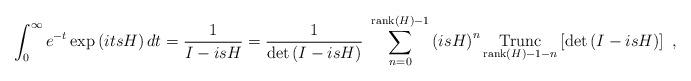
LaTeX: \begin{align*}\int_{0}^{\infty}e^{-t}\exp\left( itsH\right) dt=\frac{1}{I-isH}=\frac{1}{\det\left( I-isH\right) }~\sum_{n=0}^{\operatorname*{rank}\left(H\right) -1}\left( isH\right) ^{n}\operatorname*{Trunc}_{\operatorname*{rank}\left( H\right) -1-n}\left[ \det\left( I-isH\right)\right] \ , \end{align*}